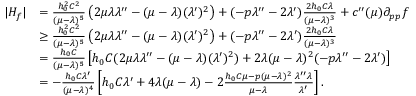
\begin{array} { r l } { | H _ { f } | } & { = \frac { h _ { 0 } ^ { 2 } C ^ { 2 } } { ( \mu - \lambda ) ^ { 5 } } \left( 2 \mu \lambda \lambda ^ { \prime \prime } - ( \mu - \lambda ) ( \lambda ^ { \prime } ) ^ { 2 } \right) + ( - p \lambda ^ { \prime \prime } - 2 \lambda ^ { \prime } ) \frac { 2 h _ { 0 } C \lambda } { ( \mu - \lambda ) ^ { 3 } } + c ^ { \prime \prime } ( \mu ) \partial _ { p p } f } \\ & { \geq \frac { h _ { 0 } ^ { 2 } C ^ { 2 } } { ( \mu - \lambda ) ^ { 5 } } \left( 2 \mu \lambda \lambda ^ { \prime \prime } - ( \mu - \lambda ) ( \lambda ^ { \prime } ) ^ { 2 } \right) + ( - p \lambda ^ { \prime \prime } - 2 \lambda ^ { \prime } ) \frac { 2 h _ { 0 } C \lambda } { ( \mu - \lambda ) ^ { 3 } } } \\ & { = \frac { h _ { 0 } C } { ( \mu - \lambda ) ^ { 5 } } \left[ h _ { 0 } C ( 2 \mu \lambda \lambda ^ { \prime \prime } - ( \mu - \lambda ) ( \lambda ^ { \prime } ) ^ { 2 } ) + 2 \lambda ( \mu - \lambda ) ^ { 2 } ( - p \lambda ^ { \prime \prime } - 2 \lambda ^ { \prime } ) \right] } \\ & { = - \frac { h _ { 0 } C \lambda ^ { \prime } } { ( \mu - \lambda ) ^ { 4 } } \left[ h _ { 0 } C \lambda ^ { \prime } + 4 \lambda ( \mu - \lambda ) - 2 \frac { h _ { 0 } C \mu - p ( \mu - \lambda ) ^ { 2 } } { \mu - \lambda } \frac { \lambda ^ { \prime \prime } \lambda } { \lambda ^ { \prime } } \right] . } \end{array}